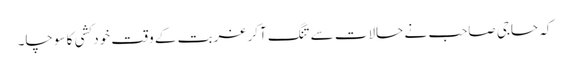
کہ حاجی صاحب نے حالات سے تنگ آکر غربت کے وقت خود کشی کا سوچا۔